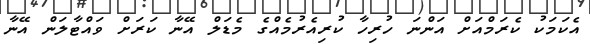
އެކަމަކު ކެރަމްއަށް އަންނަ ހުރިހާ ކުރިއެރުމެއްގެ މެޑަލް އޭނާ ކަރަށް ވައްޓާލަން އޭނާ